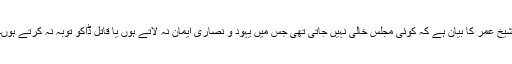
شیخ عمر کا بیان ہے کہ کوئی مجلس خالی نہیں جاتی تھی جس میں یہود و نصاریٰ ایمان نہ لاتے ہوں یا قاتل ڈاکو توبہ نہ کرتے ہوں۔